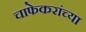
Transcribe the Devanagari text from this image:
चाफेकरांच्या